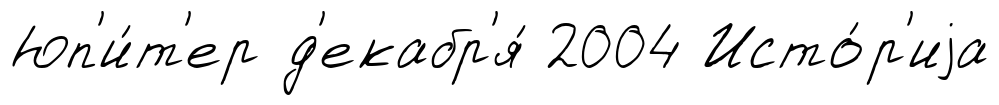
Юп'и́т'ер д'екабр'я́ 2004 Исто́р'иjа